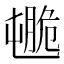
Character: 𦟒